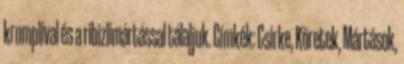
krumplival és a ribizlimártással tálaljuk. Címkék: Csirke, Köretek, Mártások,